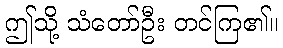
ဤသို့ သံတော်ဦး တင်ကြ၏။